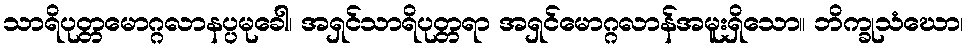
သာရိပုတ္တမောဂ္ဂလာနပ္ပမုခေါ၊ အရှင်သာရိပုတ္တရာ အရှင်မောဂ္ဂလာန်အမူးရှိသော။ ဘိက္ခုသံဃော၊